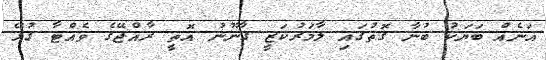
އަނެއް ބަޔަކު ބުނާ ގޮތުގައި ލާމަރުކަޒީ ގާނޫނު އޮތީ ރާއްޖޭގެ ވެއްޓާ ގުޅޭ